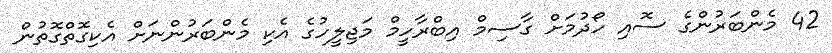
42 މެންބަރުންގެ ސޮއި ހޯދުމަށް ގާސިމް އިބްރާހީމް މަޖިލީހުގެ އެކި މެންބަރުންނަށް އެކިގޮތްގޮތުން